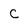
Character: C